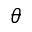
\theta